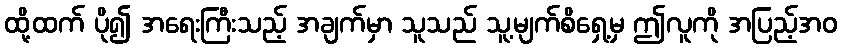
ထို့ထက် ပို၍ အရေးကြီးသည့် အချက်မှာ သူသည် သူ့မျက်စိရှေ့မှ ဤလူကို အပြည့်အဝ